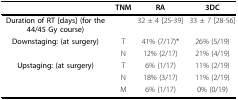
<table><thead><tr><td></td><td><b>TNM</b></td><td><b>RA</b></td><td><b>3DC</b></td></tr></thead><tbody><tr><td><b>Duration of RT [days] (for the 44/45 Gy course)</b></td><td></td><td>32 ± 4 [25-39]</td><td>33 ± 7 [28-56]</td></tr><tr><td><b>Downstaging: (at surgery)</b></td><td>T</td><td>41% (7/17)*</td><td>26% (5/19)</td></tr><tr><td></td><td>N</td><td>12% (2/17)</td><td>21% (4/19)</td></tr><tr><td><b>Upstaging: (at surgery)</b></td><td>T</td><td>6% (1/17)</td><td>11% (2/19)</td></tr><tr><td></td><td>N</td><td>18% (3/17)</td><td>11% (2/19)</td></tr><tr><td></td><td>M</td><td>6% (1/17)</td><td>0% (0/19)</td></tr></tbody></table>